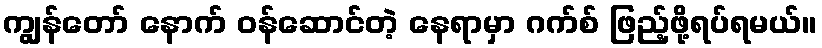
ကျွန်တော် နောက် ဝန်ဆောင်တဲ့ နေရာမှာ ဂက်စ် ဖြည့်ဖို့ရပ်ရမယ်။